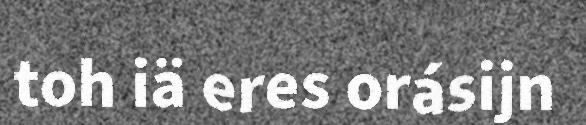
toh iä eres orásijn